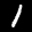
Label: 1